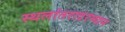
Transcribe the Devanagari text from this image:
स्थलांतरादरम्यान